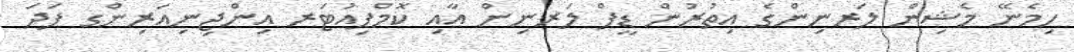
ހިމެނޭ މެޝިން ލަރނިންގެ އިތުރުން ޑީޕް ލަރނިން އާއި ކޮމްޕިއުޓަރ އިންޖިނިއަރިންގ ފަދަ